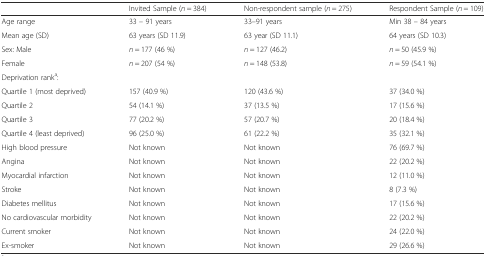
|  | Invited Sample (n = 384) | Non-respondent sample (n = 275) | Respondent Sample (n = 109) |
 | --- | --- | --- | --- |
 | Age range | 33 – 91 years | 33–91 years | Min 38 – 84 years |
 | Mean age (SD) | 63 years (SD 11.9) | 63 year (SD 11.1) | 64 years (SD 10.3) |
 | Sex: Male | n = 177 (46 %) | n = 127 (46.2) | n = 50 (45.9 %) |
 | Female | n = 207 (54 %) | n = 148 (53.8) | n = 59 (54.1 %) |
 | Deprivation ranka: |  |  |  |
 | Quartile 1 (most deprived) | 157 (40.9 %) | 120 (43.6 %) | 37 (34.0 %) |
 | Quartile 2 | 54 (14.1 %) | 37 (13.5 %) | 17 (15.6 %) |
 | Quartile 3 | 77 (20.2 %) | 57 (20.7 %) | 20 (18.4 %) |
 | Quartile 4 (least deprived) | 96 (25.0 %) | 61 (22.2 %) | 35 (32.1 %) |
 | High blood pressure | Not known | Not known | 76 (69.7 %) |
 | Angina | Not known | Not known | 22 (20.2 %) |
 | Myocardial infarction | Not known | Not known | 12 (11.0 %) |
 | Stroke | Not known | Not known | 8 (7.3 %) |
 | Diabetes mellitus | Not known | Not known | 17 (15.6 %) |
 | No cardiovascular morbidity | Not known | Not known | 22 (20.2 %) |
 | Current smoker | Not known | Not known | 24 (22.0 %) |
 | Ex-smoker | Not known | Not known | 29 (26.6 %) |